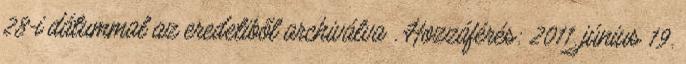
28-i dátummal az eredetiből archiválva . Hozzáférés: 2011. június 19.